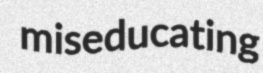
miseducating